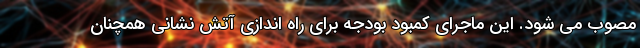
مصوب می شود. این ماجرای کمبود بودجه برای راه اندازی آتش نشانی همچنان